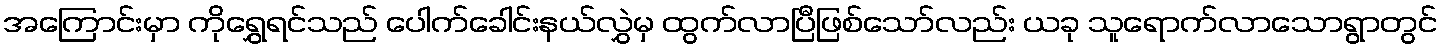
အကြောင်းမှာ ကိုရွှေရင်သည် ပေါက်ခေါင်းနယ်လွှဲမှ ထွက်လာပြီဖြစ်သော်လည်း ယခု သူရောက်လာသောရွာတွင်